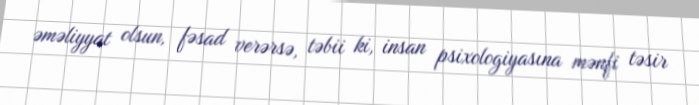
əməliyyat olsun, fəsad verərsə, təbii ki, insan psixologiyasına mənfi təsir